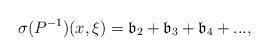
LaTeX: \begin{align*}\sigma (P^{-1})(x,\xi )=\mathfrak b_{2}+\mathfrak b_{3}+\mathfrak b_{4}+...,\end{align*}